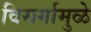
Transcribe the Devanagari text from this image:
विसर्गामुळे